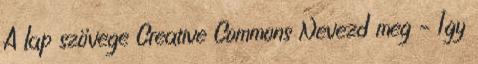
A lap szövege Creative Commons Nevezd meg – Így